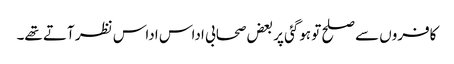
کافروں سے صلح تو ہوگئی پر بعض صحابی اداس اداس نظر آتے تھے۔